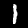
Label: 1